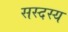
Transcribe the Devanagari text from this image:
सस्दस्य